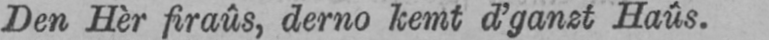
Den Hèr firaûs, derno kernt d’ganzt Haûs.